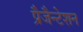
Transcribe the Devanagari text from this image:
प्रैजैन्टेशन